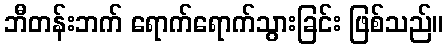
ဘီတန်းဘက် ရောက်ရောက်သွားခြင်း ဖြစ်သည်။